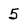
Character: 5